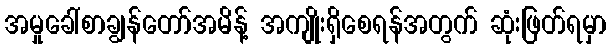
အမှုခေါ်စာချွန်တော်အမိန့် အကျိုးရှိစေရန်အတွက် ဆုံးဖြတ်ရမှာ